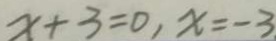
x + 3 = 0 , x = - 3